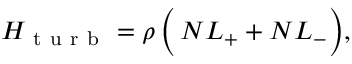
H _ { \mathrm { ~ t ~ u ~ r ~ b ~ } } = \rho \, \Bigl ( \, N L _ { + } + N L _ { - } \Bigr ) ,